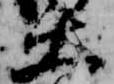
大